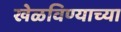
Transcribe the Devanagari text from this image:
खेळविण्याच्या